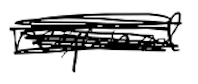
Text: required
Cross-out: scratch
Writing tool: digital_black